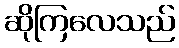
ဆိုကြလေသည်